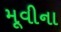
મૂવીના